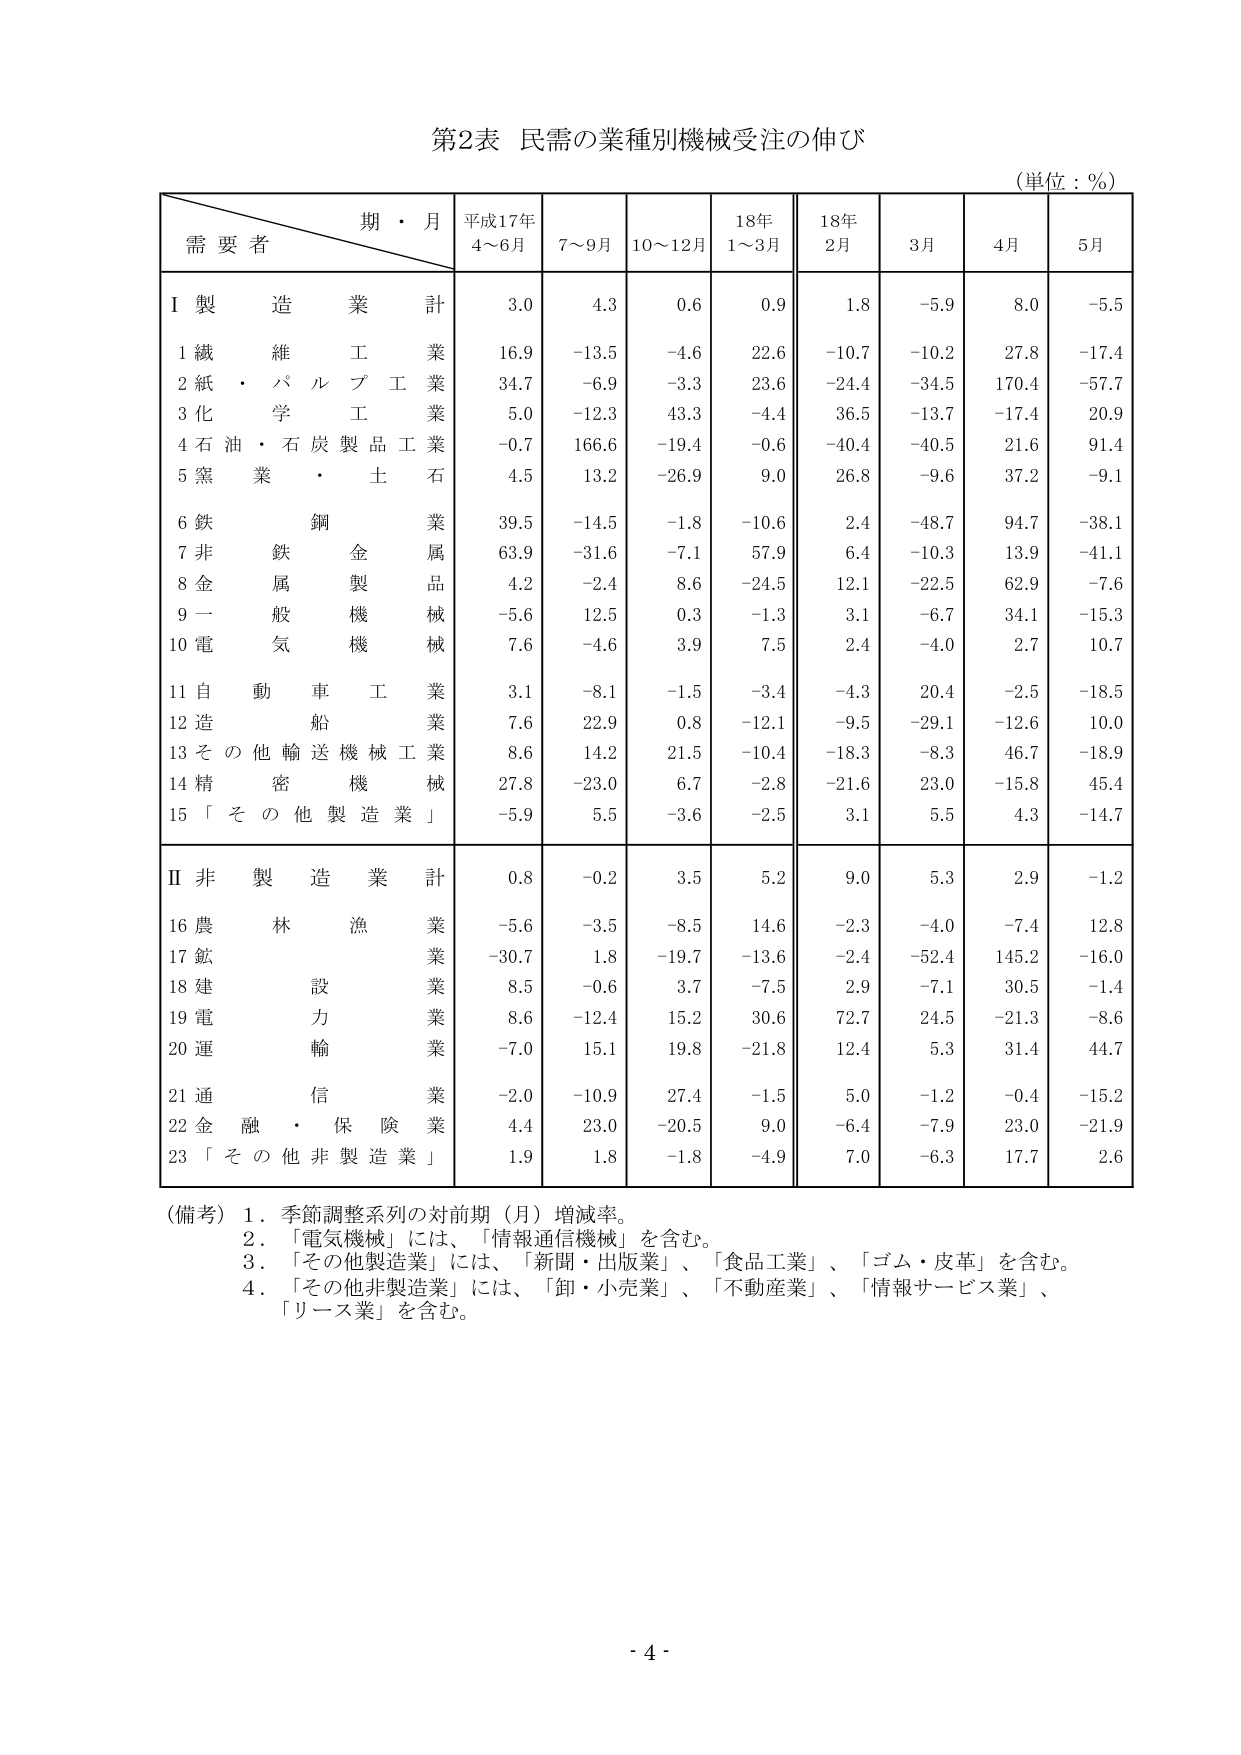
第2表 民需の業種別機械受注の伸び
（単位：％）

期・月
需要者
平成17年 4～6月
7～9月
10～12月
18年 1～3月
18年 2月
3月
4月
5月

Ⅰ 製造業 計
3.0
4.3
0.6
0.9
1.8
-5.9
8.0
-5.5

1 繊維工業
16.9
-13.5
-4.6
22.6
-10.7
-10.2
27.8
-17.4

2 紙・パルプ工業
34.7
-6.9
-3.3
23.6
-24.4
-34.5
170.4
-57.7

3 化学工業
5.0
-12.3
43.3
-4.4
36.5
-13.7
-17.4
20.9

4 石油・石炭製品工業
-0.7
166.6
-19.4
-0.6
-40.4
-40.5
21.6
91.4

5 窯業・土石
4.5
13.2
-26.9
9.0
26.8
-9.6
37.2
-9.1

6 鉄鋼業
39.5
-14.5
-1.8
-10.6
2.4
-48.7
94.7
-38.1

7 非鉄金属業
63.9
-31.6
-7.1
57.9
6.4
-10.3
13.9
-41.1

8 金属製品業
4.2
-2.4
8.6
-24.5
12.1
-22.5
62.9
-7.6

9 一般機械
-5.6
12.5
0.3
-1.3
3.1
-6.7
34.1
-15.3

10 電気機械
7.6
-4.6
3.9
7.5
2.4
-4.0
2.7
10.7

11 自動車工業
3.1
-8.1
-1.5
-3.4
-4.3
20.4
-2.5
-18.5

12 造船業
7.6
22.9
0.8
-12.1
-9.5
-29.1
-12.6
10.0

13 その他輸送機械工業
8.6
14.2
21.5
-10.4
-18.3
-8.3
46.7
-18.9

14 精密機械
27.8
-23.0
6.7
-2.8
-21.6
23.0
-15.8
45.4

15 「その他製造業」
-5.9
5.5
-3.6
-2.5
3.1
5.5
4.3
-14.7

Ⅱ 非製造業 計
0.8
-0.2
3.5
5.2
9.0
5.3
2.9
-1.2

16 農林漁業
-5.6
-3.5
-8.5
14.6
-2.3
-4.0
-7.4
12.8

17 鉱業
-30.7
1.8
-19.7
-13.6
-2.4
-52.4
145.2
-16.0

18 建設業
8.5
-0.6
3.7
-7.5
2.9
-7.1
30.5
-1.4

19 電力業
8.6
-12.4
15.2
30.6
72.7
24.5
-21.3
-8.6

20 運輸業
-7.0
15.1
19.8
-21.8
12.4
5.3
31.4
44.7

21 通信業
-2.0
-10.9
27.4
-1.5
5.0
-1.2
-0.4
-15.2

22 金融・保険業
4.4
23.0
-20.5
9.0
-6.4
-7.9
23.0
-21.9

23 「その他非製造業」
1.9
1.8
-1.8
-4.9
7.0
-6.3
17.7
2.6

（備考）
1．季節調整系列の対前期（月）増減率。
2．「電気機械」には、「情報通信機械」を含む。
3．「その他製造業」には、「新聞・出版業」、「食品工業」、「ゴム・皮革」を含む。
4．「その他非製造業」には、「卸・小売業」、「不動産業」、「情報サービス業」、「リース業」を含む。

- 4 -